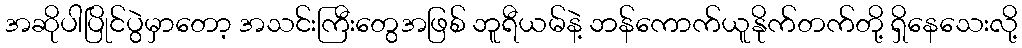
အဆိုပါပြိုင်ပွဲမှာတော့ အသင်းကြီးတွေအဖြစ် ဘူရီယမ်နဲ့ ဘန်ကောက်ယူနိုက်တက်တို့ ရှိနေသေးလို့